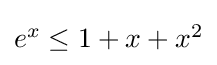
{\textstyle e^{x}\leq 1+x+x^{2}}